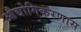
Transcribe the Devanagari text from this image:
औद्योगिकरणास